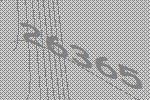
26365